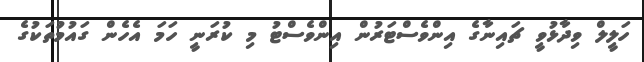
ހަލީލް ވިދާޅުވީ ޗައިނާގެ އިންވެސްޓަރުން އިންވެސްޓު މި ކުރަނީ ހަމަ އެހެން ގައުމުތަކުގެ